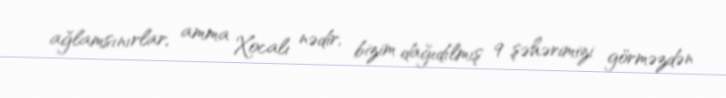
ağlamsınırlar, amma Xocalı nədir, bizim dağıdılmış 9 şəhərimizi görməzdən